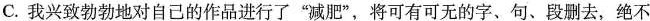
C. 我兴致勃勃地对自己的作品进行了”减肥”，将可有可无的字、句、段删去，绝不